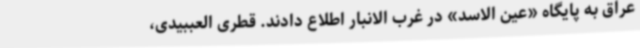
عراق به پایگاه «عین الاسد» در غرب الانبار اطلاع دادند. قطری العببیدی،